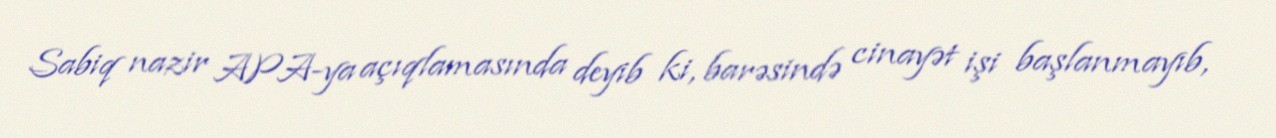
Sabiq nazir APA-ya açıqlamasında deyib ki, barəsində cinayət işi başlanmayıb,